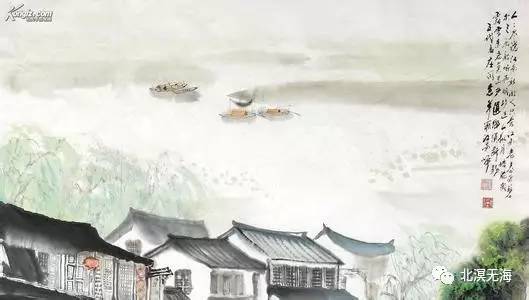
春水碧于天，画船听雨眠。